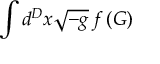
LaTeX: \int d ^ { D } x { \sqrt { - g } } \, f \left( G \right)